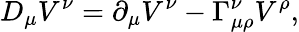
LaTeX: D_{\mu}V^{\nu}=\partial_{\mu}V^{\nu}-\Gamma_{\mu\rho}^{\nu}V^{\rho},